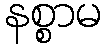
နစ္စာမ